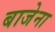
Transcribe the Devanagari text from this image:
बाजेना